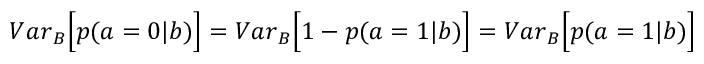
{ V a r } _ { B } \Big [ p ( a = 0 | b ) \Big ] = { V a r } _ { B } \Big [ 1 - p ( a = 1 | b ) \Big ] = { V a r } _ { B } \Big [ p ( a = 1 | b ) \Big ]